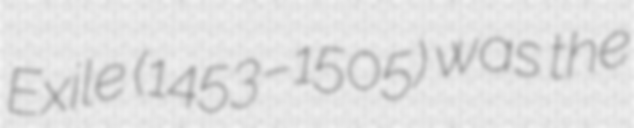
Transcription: Exile (1453–1505) was the